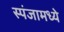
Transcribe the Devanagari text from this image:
स्पंजामध्ये